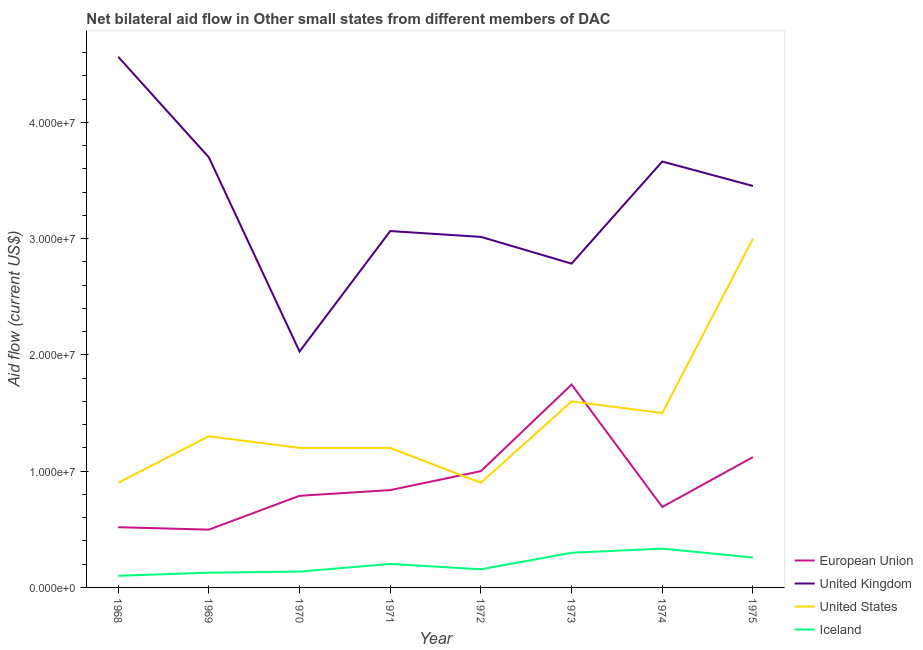
| Year | European Union | United Kingdom | United States | Iceland |
 | --- | --- | --- | --- | --- |
 | 1968 | 5.18e+06 | 4.56e+07 | 9e+06 | 1e+06 |
 | 1969 | 4.97e+06 | 3.7e+07 | 1.3e+07 | 1.27e+06 |
 | 1970 | 7.88e+06 | 2.03e+07 | 1.2e+07 | 1.36e+06 |
 | 1971 | 8.37e+06 | 3.06e+07 | 1.2e+07 | 2.02e+06 |
 | 1972 | 1e+07 | 3.02e+07 | 9e+06 | 1.56e+06 |
 | 1973 | 1.74e+07 | 2.78e+07 | 1.6e+07 | 2.98e+06 |
 | 1974 | 6.92e+06 | 3.66e+07 | 1.5e+07 | 3.34e+06 |
 | 1975 | 1.12e+07 | 3.45e+07 | 3e+07 | 2.57e+06 |